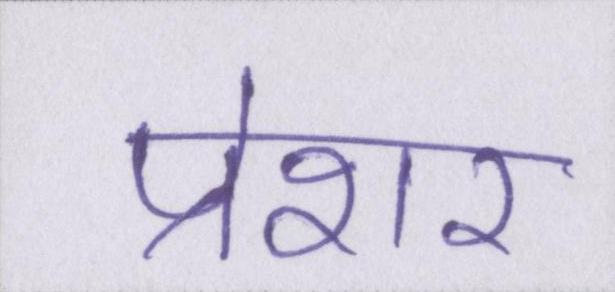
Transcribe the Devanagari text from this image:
प्रेशर